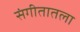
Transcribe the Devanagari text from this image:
संगीतातला